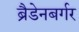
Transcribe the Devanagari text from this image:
ब्रैडेनबर्गर